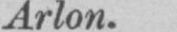
Arlon.